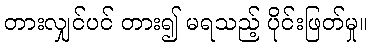
တားလျှင်ပင် တား၍ မရသည့် ပိုင်းဖြတ်မှု။